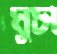
মুচা